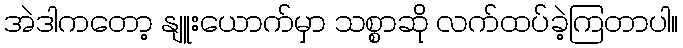
အဲဒါကတော့ နျူးယောက်မှာ သစ္စာဆို လက်ထပ်ခဲ့ကြတာပါ။